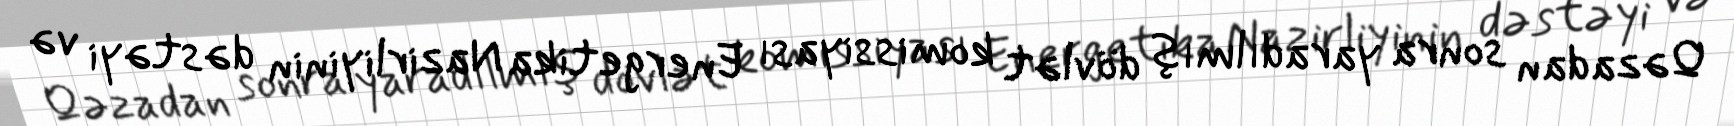
Qəzadan sonra yaradılmış dövlət komissiyası Energetika Nazirliyinin dəstəyi və